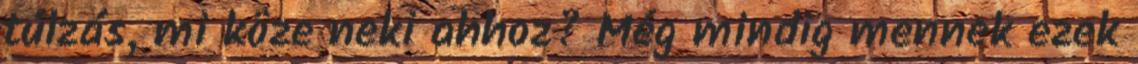
túlzás, mi köze neki ahhoz? Még mindig mennek ezek